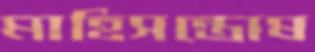
মাহিসন্তোষ